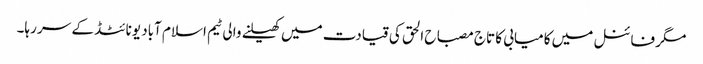
مگر فائنل میں کامیابی کا تاج مصباح الحق کی قیادت میں کھیلنے والی ٹیم اسلام آباد یونائٹڈ کے سر رہا۔